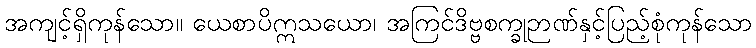
အကျင့်ရှိကုန်သော။ ယေစာပိဣသယော၊ အကြင်ဒိဗ္ဗစက္ခုဉာဏ်နှင့်ပြည့်စုံကုန်သော